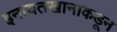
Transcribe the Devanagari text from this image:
इनायतखानाकडून